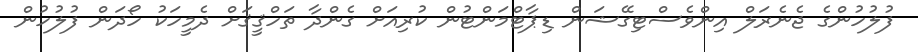
ފުލުހުންގެ ޖެނެރަލް އިންވެސްޓިގޭޝަން ޑިޕާޓްމަންޓުން ކުރިއަށް ގެންދާ ތަހްޤީޤަށް ދެމީހަކު ހޯދަން ފުލުހުން